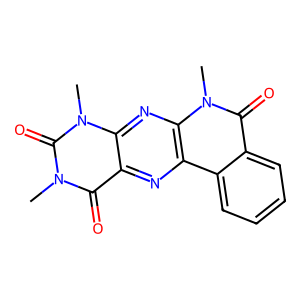
SMILES: Cn1c(=O)c2nc3c4ccccc4c(=O)n(C)c3nc2n(C)c1=O
Inhibits HIV replication: No